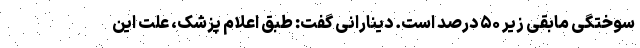
سوختگی مابقی زیر ۵۰ درصد است. دینارانی گفت: طبق اعلام پزشک، علت این